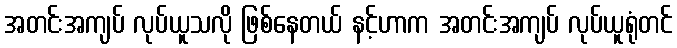
အတင်းအကျပ် လုပ်ယူသလို ဖြစ်နေတယ် နင့်ဟာက အတင်းအကျပ် လုပ်ယူရုံတင်